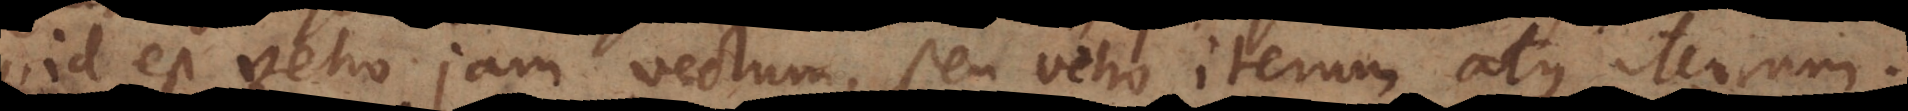
id est veho jam vectum, seu veho iterum atque iterum.